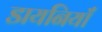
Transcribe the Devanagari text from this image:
डायनियाँ